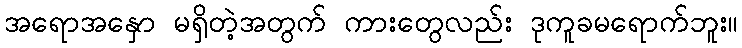
အရောအနှော မရှိတဲ့အတွက် ကားတွေလည်း ဒုကူခမရောက်ဘူး။